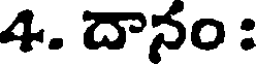
4. దానం :